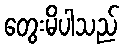
တွေးမိပါသည်